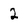
Character: 2